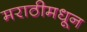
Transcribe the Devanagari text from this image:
मराठीमधून